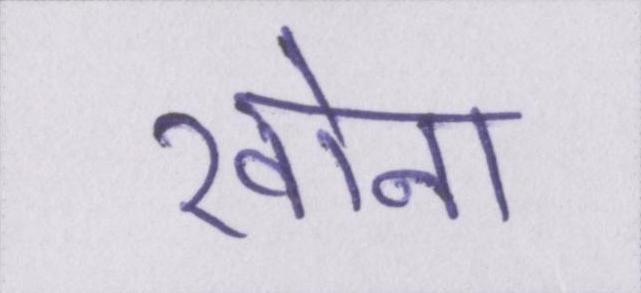
खोना